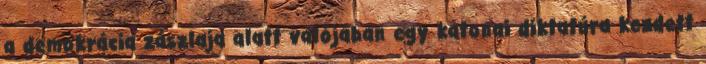
a demokrácia zászlaja alatt valójában egy katonai diktatúra kezdett